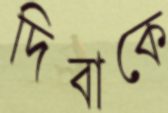
দিবাকে